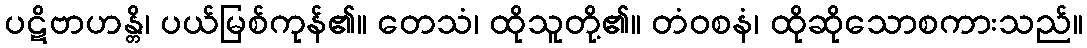
ပဋိဗာဟန္တိ၊ ပယ်မြစ်ကုန်၏။ တေသံ၊ ထိုသူတို့၏။ တံဝစနံ၊ ထိုဆိုသောစကားသည်။